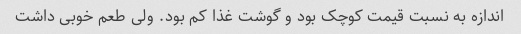
اندازه به نسبت قیمت کوچک بود و گوشت غذا کم بود. ولی طعم خوبی داشت